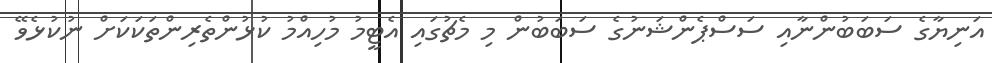
އަނިޔާގެ ސަބަބުންނާއި ސަސްޕެންޝަނުގެ ސަބަބުން މި މެޗުގައި އެޓީމު މުހިއްމު ކުޅުންތެރިންތަކަކަށް ނުކުޅެވޭ